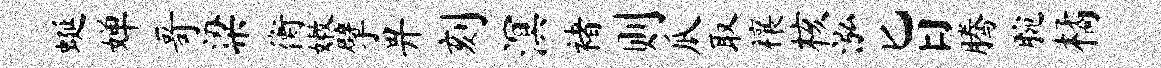
蜒婵哥梁衡嫩擘畀刻溟褚则瓜取禳核泓旨腾腕橘